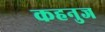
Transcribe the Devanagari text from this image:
कहनुज